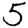
Digit: 5